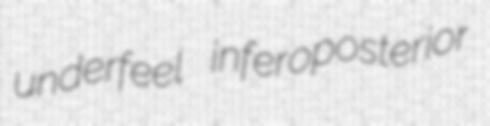
underfeel inferoposterior